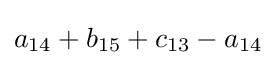
a_{14}+b_{15}+c_{13}-a_{14}